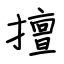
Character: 擅